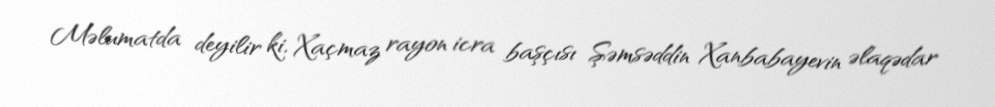
Məlumatda deyilir ki, Xaçmaz rayon icra başçısı Şəmsəddin Xanbabayevin əlaqədar